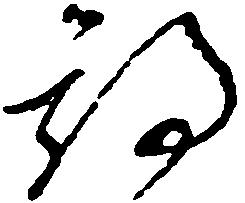
期